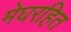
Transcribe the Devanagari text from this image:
मेघरहित